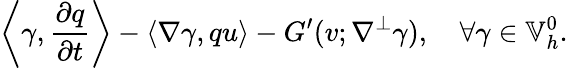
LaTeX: \left\langle\gamma,\frac{\partial q}{\partial t}\right\rangle-\left\langle\nabla\gamma,qu\right\rangle-G^{\prime}(v;\nabla^{\perp}\gamma),\quad\forall\gamma\in\mathbb{V}_{h}^{0}.